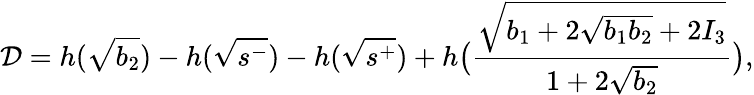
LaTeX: \mathcal{D}=h(\sqrt{b_{2}})-h(\sqrt{s^{-}})-h(\sqrt{s^{+}})+h\big(\frac{\sqrt{b_{1}+2\sqrt{b_{1}b_{2}}+2I_{3}}}{1+2\sqrt{b_{2}}}\big),